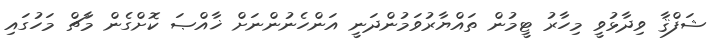
ޝަފްޤާ ވިދާޅުވީ މިހާރު ޓީމުން ތައްޔާރުވަމުންދަނީ އަންހެނުންނަށް ޚާއްޞަ ކޮށްގެން މާޗް މަހުގައި